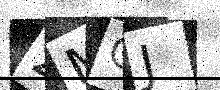
Text: 2MGJ